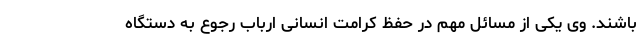
باشند. وی یکی از مسائل مهم در حفظ کرامت انسانی ارباب رجوع به دستگاه